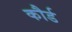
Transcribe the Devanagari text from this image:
कौर्ड